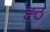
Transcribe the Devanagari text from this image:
ह्ठ